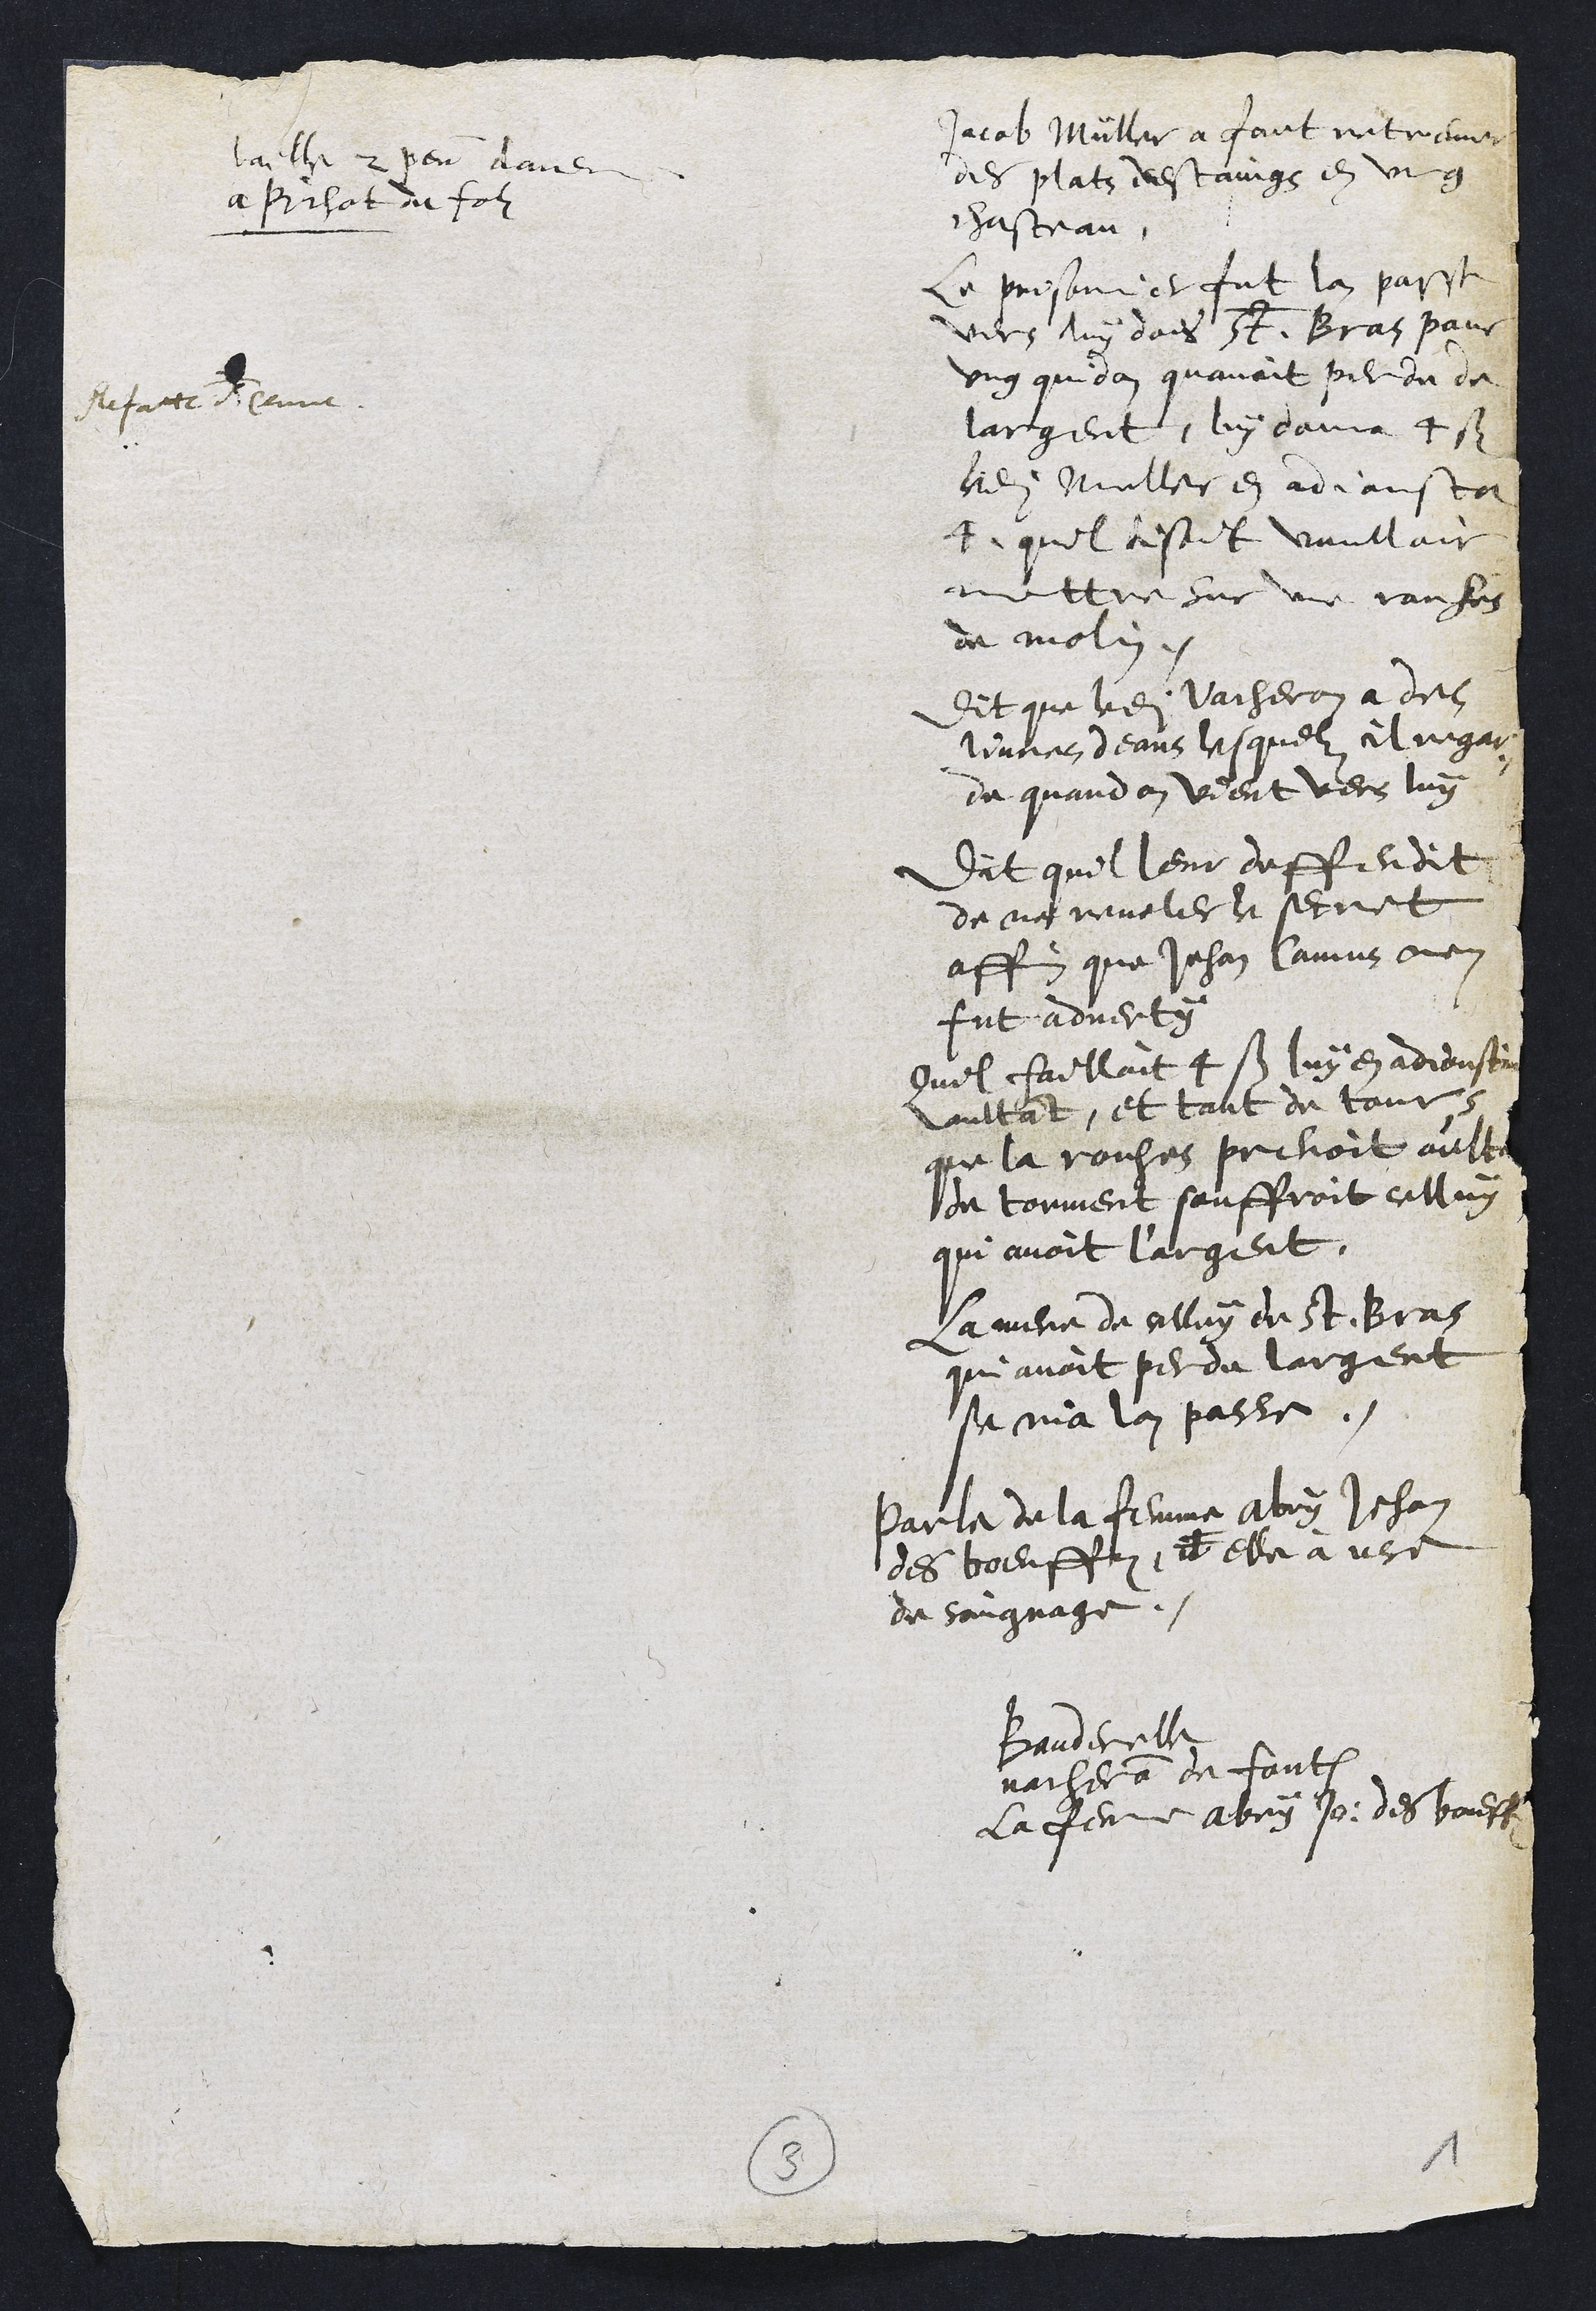
baille 2 pen doner
a Pichot du folz
Refatte FClume
Jacob Müller a fait retreuver
des plats destaings en ung
chasteau.
Le prisonnier fut lan passe
vers luy dans St. Bras pour
ung quidam quavoit perdu de
largent, luy dona 4 s.
ledit Muller en adjousta
4 quil disoit voulloir
mettre sur une rouhes
de molin.
Dit que ledit vacheron a des
livres deans lesquelz il regar-
de quand on vient vers luy
Dit quil leur deffendit
de ne reveler le secret
affin que Jehan Camus nen
fut adverty
quil failloit 4 s. luy en adjoustant
aultant, et tant de tours
que la rouhes prenoit oultre
de torment souffroit celluy
qui avoit l'argent.
La mere de celluy de St Bras
qui avoit perdu largent
se nia lan passe.
Parle de la femme Abry Jehan
des boeuffz, il elle à use
de soignage.
Bauderelle
vacheron de Font
la femme Abry Jo, des boueffz
3
1